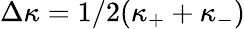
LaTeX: \Delta\kappa=1/2(\kappa_{+}+\kappa_{-})